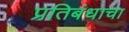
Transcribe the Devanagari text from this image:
प्रतिबंधाचा